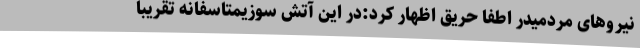
نیروهای مردمیدر اطفا حریق اظهار کرد:در این آتش سوزیمتاسفانه تقریبا